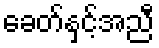
ခေတ်နှင့်အညီ